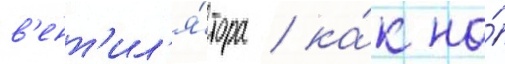
в'ент'ил'я́тора / ка́к на́